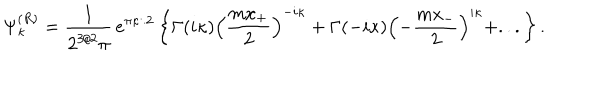
\Psi _ { \kappa } ^ { ( R ) } = \frac 1 { 2 ^ { 3 / 2 } \pi } \, e ^ { \pi \kappa / 2 } \left\{ \Gamma ( i \kappa ) \left( \frac { m x _ { + } } 2 \right) ^ { - i \kappa } + \Gamma ( - i \kappa ) \left( - \frac { m x _ { - } } 2 \right) ^ { i \kappa } + . . . \right\} .